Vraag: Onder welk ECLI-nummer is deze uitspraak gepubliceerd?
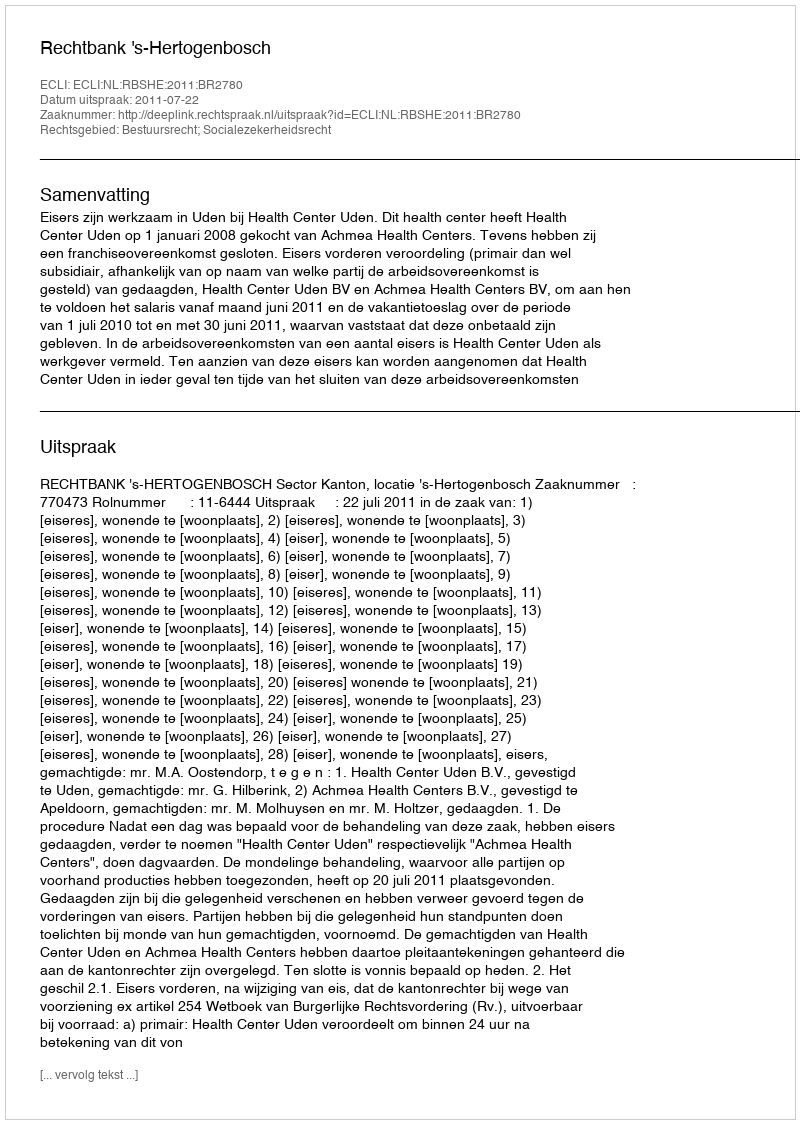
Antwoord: ECLI:NL:RBSHE:2011:BR2780